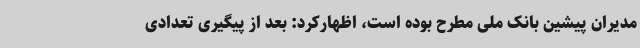
مدیران پیشین بانک ملی مطرح بوده است، اظهارکرد: بعد از پیگیری تعدادی